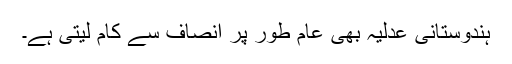
ہندوستانی عدلیہ بھی عام طور پر انصاف سے کام لیتی ہے۔